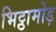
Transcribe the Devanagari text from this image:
भिट्ठामोड़